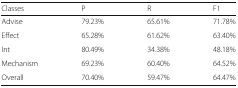
<table><thead><tr><td><b>Classes</b></td><td><b>P</b></td><td><b>R</b></td><td><b>F1</b></td></tr></thead><tbody><tr><td>Advise</td><td>79.23%</td><td>65.61%</td><td>71.78%</td></tr><tr><td>Effect</td><td>65.28%</td><td>61.62%</td><td>63.40%</td></tr><tr><td>Int</td><td>80.49%</td><td>34.38%</td><td>48.18%</td></tr><tr><td>Mechanism</td><td>69.23%</td><td>60.40%</td><td>64.52%</td></tr><tr><td>Overall</td><td>70.40%</td><td>59.47%</td><td>64.47%</td></tr></tbody></table>